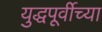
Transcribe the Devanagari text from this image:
युद्धपूर्वीच्या